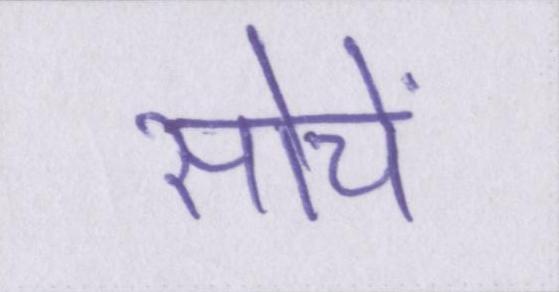
सोचें